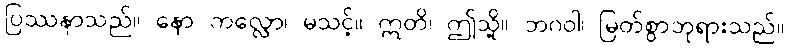
ပြဿနာသည်။ နော ကလ္လော၊ မသင့်။ ဣတိ၊ ဤသို့။ ဘဂဝါ၊ မြတ်စွာဘုရားသည်။